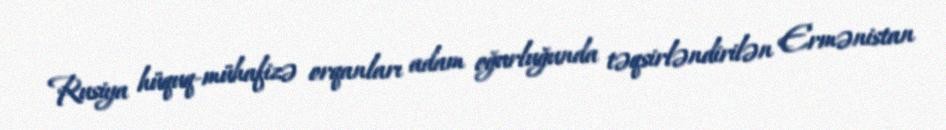
Rusiya hüquq-mühafizə orqanları adam oğurluğunda təqsirləndirilən Ermənistan